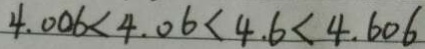
4 . 0 0 6 < 4 . 0 6 < 4 . 6 < 4 . 6 0 6